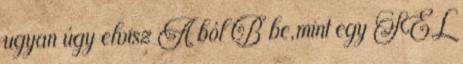
ugyan úgy elvisz A ból B be,mint egy SEL